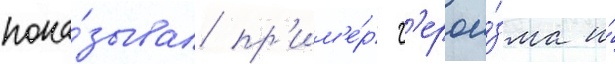
пока́зывал пр'им'е́р г'ерои́зма и́